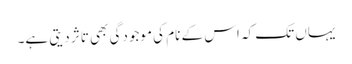
یہاں تک کہ اس کے نام کی موجودگی بھی تاثر دیتی ہے۔